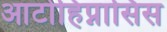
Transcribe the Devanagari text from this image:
आटोहिप्नासिस